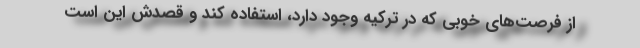
از فرصت‌های خوبی که در ترکیه وجود دارد، استفاده کند و قصدش این است